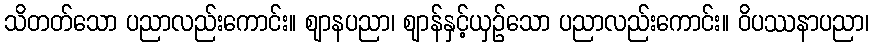
သိတတ်သော ပညာလည်းကောင်း။ ဈာနပညာ၊ ဈာန်နှင့်ယှဉ်သော ပညာလည်းကောင်း။ ဝိပဿနာပညာ၊